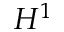
H ^ { 1 }